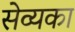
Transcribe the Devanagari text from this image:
सेव्यका